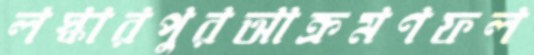
লস্কারপুরআক্রমণফল